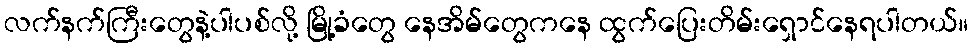
လက်နက်ကြီးတွေနဲ့ပါပစ်လို့ မြို့ခံတွေ နေအိမ်တွေကနေ ထွက်ပြေးတိမ်းရှောင်နေရပါတယ်။